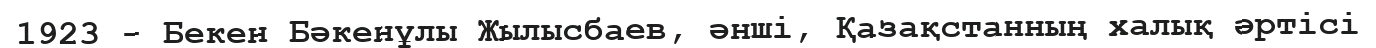
1923 - Бекен Бәкенұлы Жылысбаев, әнші, Қазақстанның халық әртісі